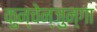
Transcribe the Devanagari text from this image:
कुन्चेन्जुन्गा